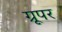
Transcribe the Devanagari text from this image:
ग्रूपर